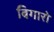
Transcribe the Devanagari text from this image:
बिगारो